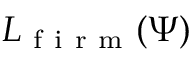
L _ { \mathrm { ~ f ~ i ~ r ~ m ~ } } ( \Psi )